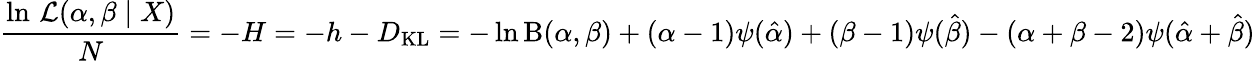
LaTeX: {\frac{\ln\, {\mathcal{L}}(\alpha,\beta\mid X)}{N}}=-H=-h-D_{\mathrm{KL}}=-\ln\mathrm{B}(\alpha,\beta)+(\alpha-1)\psi({\hat{\alpha}})+(\beta-1)\psi({\hat{\beta}})-(\alpha+\beta-2)\psi({\hat{\alpha}}+{\hat{\beta}})